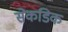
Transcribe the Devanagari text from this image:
सेकडिक